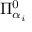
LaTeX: \Pi _ { \alpha _ { i } } ^ { 0 }